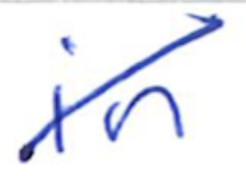
Text: in
Cross-out: diagonal
Writing tool: ballpoint